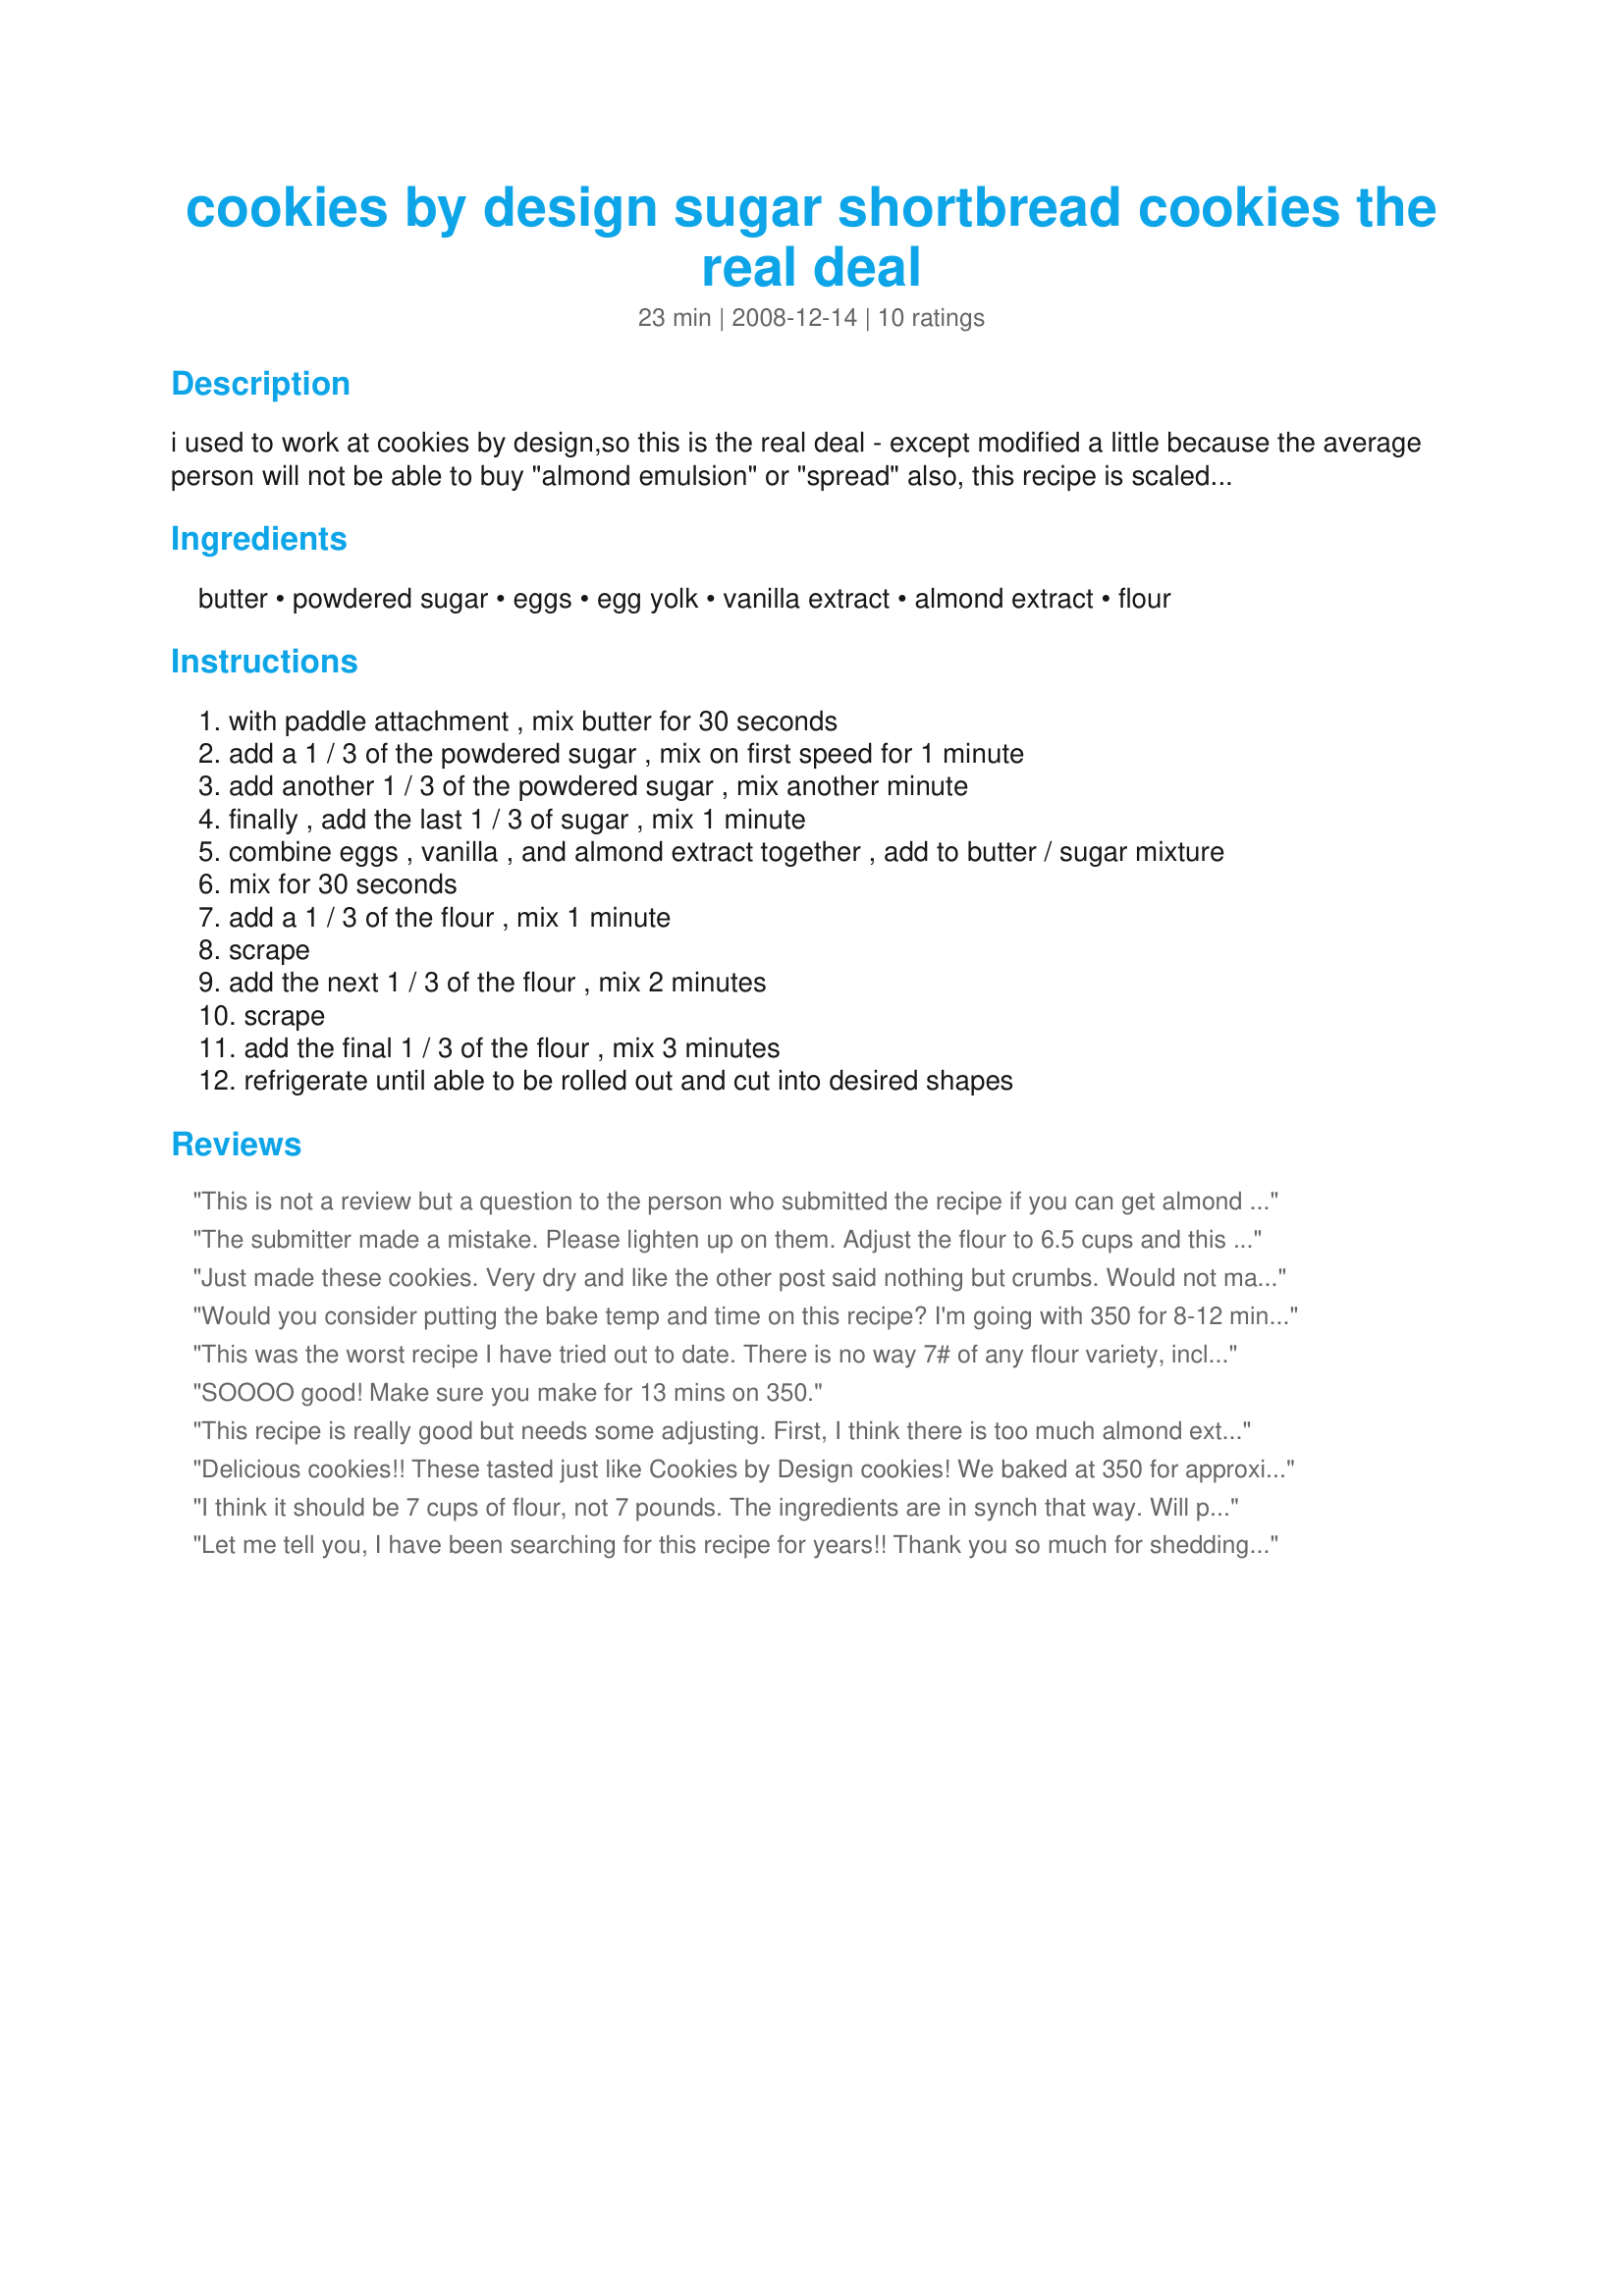
cookies by design sugar shortbread cookies the real deal
Preparation time: 23 minutes

i used to work at cookies by design,so this is the real deal - except modified a little because the average person will not be able to buy "almond emulsion" or "spread" also, this recipe is scaled down from it's original, which was made in a 60 qt. mixer. it may have to be scaled down again. i have not made it at home. i must warn you, i do not know the yield on these cookies. i made up a number...

Ingredients:
butter, powdered sugar, eggs, egg yolk, vanilla extract, almond extract, flour

Steps:
with paddle attachment , mix butter for 30 seconds
add a 1 / 3 of the powdered sugar , mix on first speed for 1 minute
add another 1 / 3 of the powdered sugar , mix another minute
finally , add the last 1 / 3 of sugar , mix 1 minute
combine eggs , vanilla , and almond extract together , add to butter / sugar mixture
mix for 30 seconds
add a 1 / 3 of the flour , mix 1 minute
scrape
add the next 1 / 3 of the flour , mix 2 minutes
scrape
add the final 1 / 3 of the flour , mix 3 minutes
refrigerate until able to be rolled out and cut into desired shapes

Reviews:
This is not a review but a question to the person who submitted the recipe if you can get almond spread how much do you use?
The submitter made a mistake. Please lighten up on them. Adjust the flour to 6.5 cups and this recipe works beautifully. Buttery and melt in your mouth!!! Thank you Chef 975808.
Just made these cookies. Very dry and like the other post said nothing but crumbs. Would not make again.
Would you consider putting the bake temp and time on this recipe? I'm going with 350 for 8-12 minutes but first timers might appreciate the info.
This was the worst recipe I have tried out to date. There is no way 7# of any flour variety, including cake flour or just AP Flour, can be combined with the remaining ingredients to for any kind of a dough. Total waste of money and time. This recipe produced nothing but dry crumbs.
SOOOO good! Make sure you make for 13 mins on 350.
This recipe is really good but needs some adjusting. First, I think there is too much almond extract and too much flour. I am going to reduce the almond (and replace it with vanilla) and reduce the flour as another poster said. I made the cookies 1/4" thick which is nice for large cookies and they look great. I baked for 15 mins at 350 which my husband liked and then at 11 mins at 375 which he did not. Tomorrow I am making a full batch with the adjustments mentioned above and then baking at 375 for 11 to 13 mins.
Delicious cookies!! These tasted just like Cookies by Design cookies! We baked at 350 for approximately 12 minutes and they were perfect! They need several hours in the refrigerator in order to roll and cut. We weren't patient enough, so decided to roll into balls and flatten with the bottom of a glass. It made perfect circles!
I think it should be 7 cups of flour, not 7 pounds. The ingredients are in synch that way. Will post my review using that measurement as soon as we've tried the cookies.
Let me tell you, I have been searching for this recipe for years!! Thank you so much for shedding the light finally!! These cookies are SPOT ON replicas for the cookies by design cookies. And pretty spot on for the yeild too.. I got 52 cookies out of it. They needed to cook in my oven about 12 minutes (maybe longer if you make them thicker then 1/4 inch) on 350 til they are just a tooouch brown on the edges. They are absolutly yummy and perfect! Cant wait to ice them and decorate them tomorrow!
